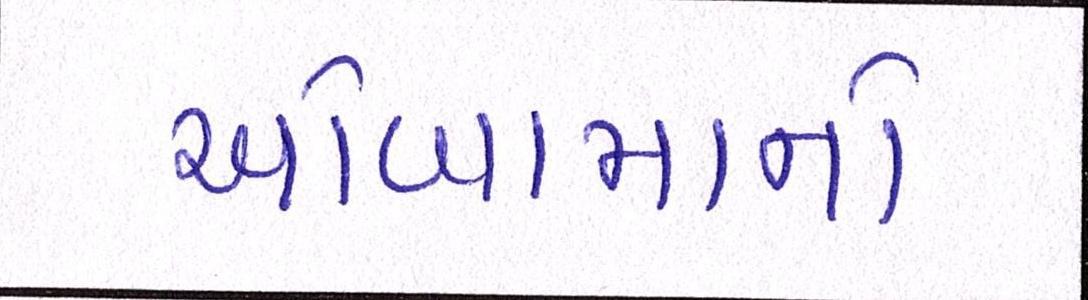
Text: ઓબામાનો